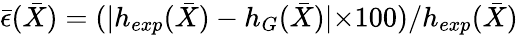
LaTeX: \bar{\epsilon}(\bar{X})=(|h_{exp}(\bar{X})-h_{G}(\bar{X})|{\times}100)/h_{exp}(\bar{X})